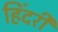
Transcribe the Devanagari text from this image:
हिंदरी